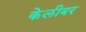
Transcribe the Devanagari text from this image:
केलीबर